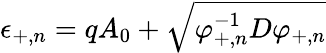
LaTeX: \epsilon_{+,n}=qA_{0}+\sqrt{\varphi_{+,n}^{-1}D\varphi_{+,n}}